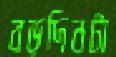
বড়দিনটা